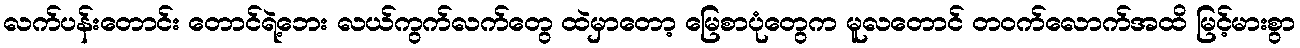
လက်ပန်းတောင်း တောင်ရဲ့ဘေး လယ်ကွက်လက်တွေ ထဲမှာတော့ မြေစာပုံတွေက မူလတောင် တဝက်လောက်အထိ မြင့်မားစွာ